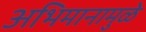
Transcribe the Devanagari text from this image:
अभिमानामुळे